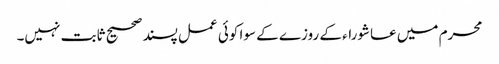
محرم میں عاشوراء کے روزے کے سوا کوئی عمل پسند صحیح ثابت نہیں۔